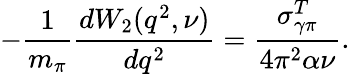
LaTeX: -\frac{1}{m_{\pi}}\frac{dW_{2}(q^{2},\nu)}{dq^{2}}=\frac{\sigma_{\gamma\pi}^{T}}{4\pi^{2}\alpha\nu}.